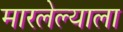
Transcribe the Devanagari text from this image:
मारलेल्‍याला